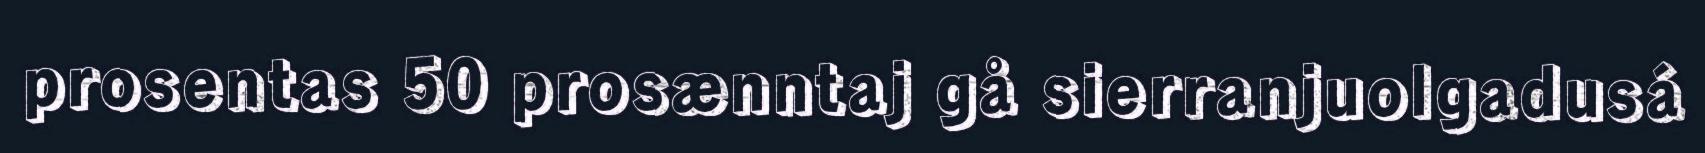
prosentas 50 prosænntaj gå sierranjuolgadusá